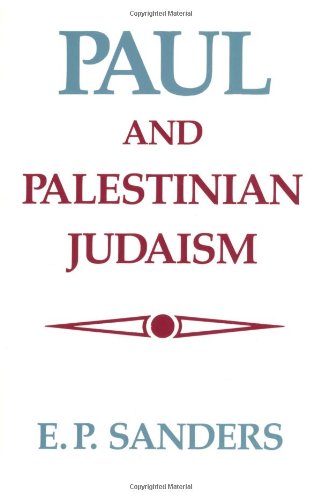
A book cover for Paul and Palestinian Judaism: A Comparison of Patterns of Religion; E. P. Sanders; Christian Books & Bibles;